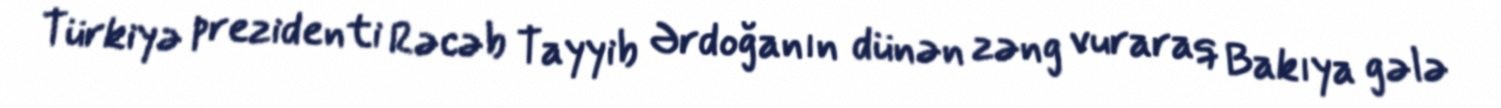
Türkiyə prezidenti Rəcəb Tayyib Ərdoğanın dünən zəng vuraraq Bakıya gələ